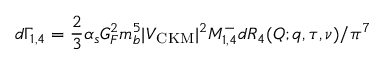
d \Gamma _ { 1 , 4 } = { \frac { 2 } { 3 } } \alpha _ { s } G _ { F } ^ { 2 } m _ { b } ^ { 5 } | V _ { \mathrm { \small C K M } } | ^ { 2 } { \cal M } _ { 1 , 4 } ^ { - } d { \cal R } _ { 4 } ( Q ; q , \tau , \nu ) / \pi ^ { 7 }